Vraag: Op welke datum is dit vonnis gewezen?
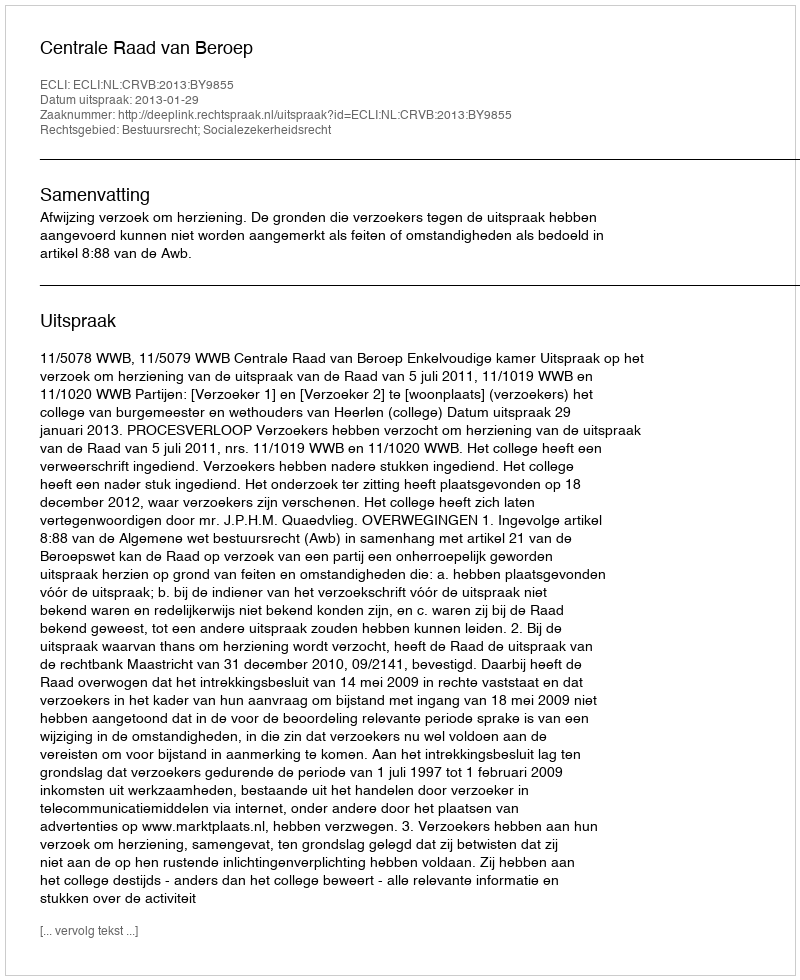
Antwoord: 2013-01-29